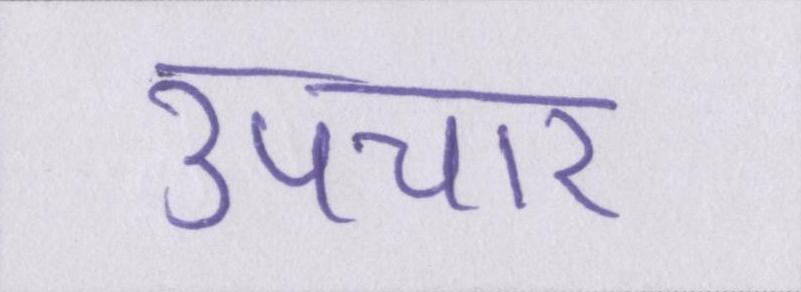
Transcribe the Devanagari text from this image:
उपचार